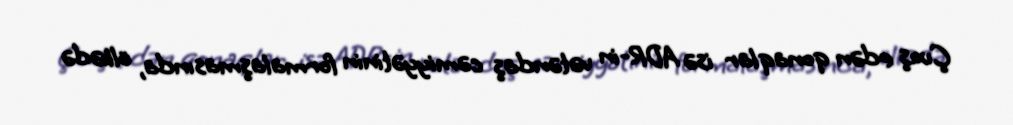
Çıxış edən qonaqlar isə ADR-in vətəndaş cəmiyyətinin formalaşmasında, ölkədə